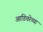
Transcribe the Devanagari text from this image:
आडिवरेच्या